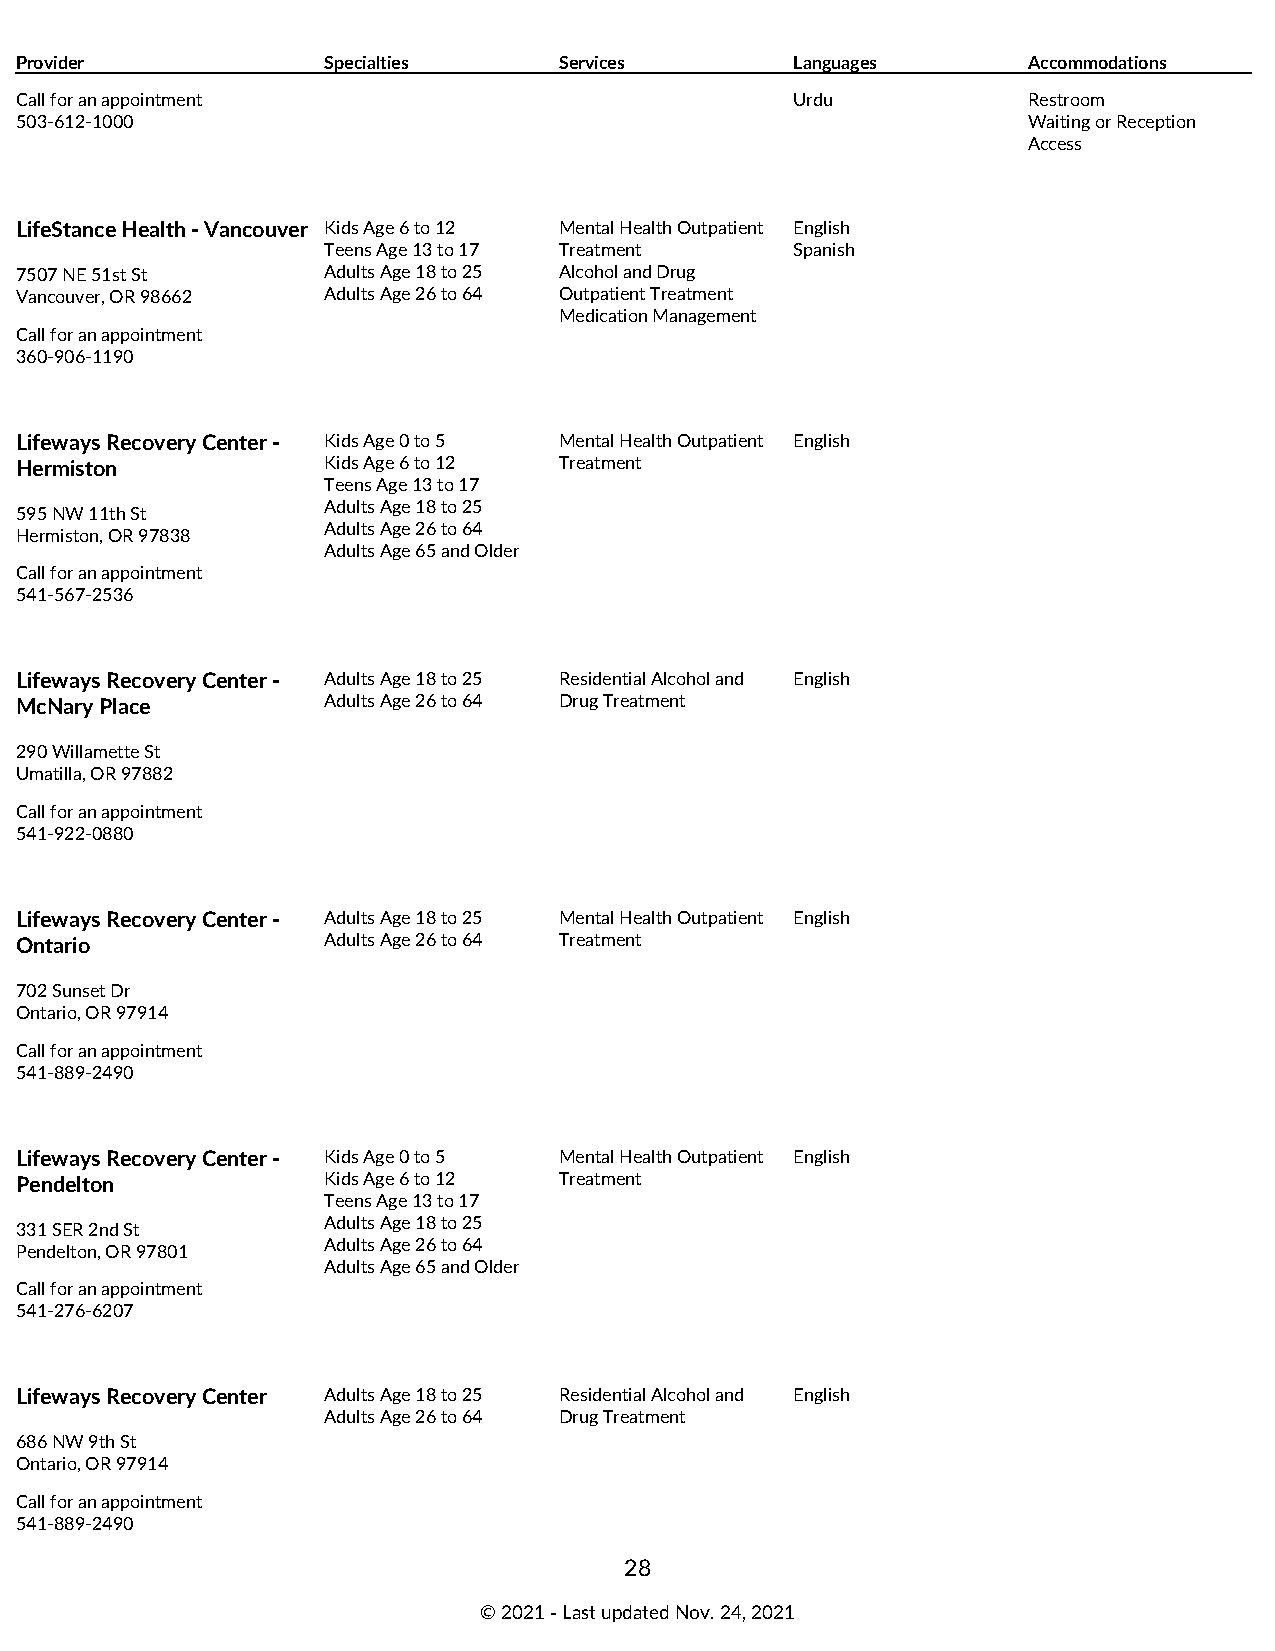
Provider            Specialties     Services        Languages      Accommodations
 Call for an appointment                             Urdu           Restroom
 503-612-1000                                                       Waiting or Reception
 Access
 LifeStance Health - Vancouver Kids Age 6 to 12 Mental Health Outpatient English
 Teens Age 13 to 17 Treatment    Spanish
 7507 NE 51st St     Adults Age 18 to 25 Alcohol and Drug
 Vancouver, OR 98662 Adults Age 26 to 64 Outpatient Treatment
 Medication Management
 Call for an appointment
 360-906-1190
 Lifeways Recovery Center - Kids Age 0 to 5 Mental Health Outpatient English
 Hermiston           Kids Age 6 to 12 Treatment
 Teens Age 13 to 17
 Adults Age 18 to 25
 595 NW 11th St
 Adults Age 26 to 64
 Hermiston, OR 97838
 Adults Age 65 and Older
 Call for an appointment
 541-567-2536
 Lifeways Recovery Center - Adults Age 18 to 25 Residential Alcohol and English
 McNary Place        Adults Age 26 to 64 Drug Treatment
 290 Willamette St
 Umatilla, OR 97882
 Call for an appointment
 541-922-0880
 Lifeways Recovery Center - Adults Age 18 to 25 Mental Health Outpatient English
 Ontario             Adults Age 26 to 64 Treatment
 702 Sunset Dr
 Ontario, OR 97914
 Call for an appointment
 541-889-2490
 Lifeways Recovery Center - Kids Age 0 to 5 Mental Health Outpatient English
 Pendelton           Kids Age 6 to 12 Treatment
 Teens Age 13 to 17
 Adults Age 18 to 25
 331 SER 2nd St
 Adults Age 26 to 64
 Pendelton, OR 97801
 Adults Age 65 and Older
 Call for an appointment
 541-276-6207
 Lifeways Recovery Center Adults Age 18 to 25 Residential Alcohol and English
 Adults Age 26 to 64 Drug Treatment
 686 NW 9th St
 Ontario, OR 97914
 Call for an appointment
 541-889-2490
 28
 © 2021 ‑ Last updated Nov. 24, 2021